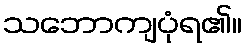
သဘောကျပုံရ၏။